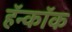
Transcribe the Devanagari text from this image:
हॅन्कॉक